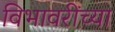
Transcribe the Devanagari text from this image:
विभावरींच्या